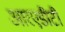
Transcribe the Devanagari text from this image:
आरएडीटी